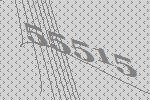
55515